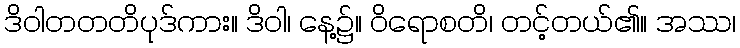
ဒိဝါတတတိပုဒ်ကား။ ဒိဝါ၊ နေ့၌။ ဝိရောစတိ၊ တင့်တယ်၏။ အဿ၊